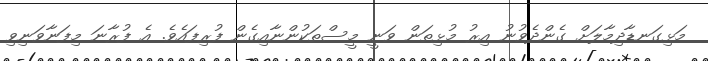
މަޅިގަނޑާދިމާލަށް ގެންދެވުނު އިރު މުޅިތަން ވަނީ މީސްތަކުންނާއިގެން ފުރިފައެވެ. އެ ފުރާނަ މިފަނާވަނިވި